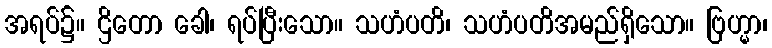
အရပ်၌။ ဌိတော ခေါ၊ ရပ်ပြီးသော။ သဟံပတိ၊ သဟံပတိအမည်ရှိသော။ ဗြဟ္မာ၊